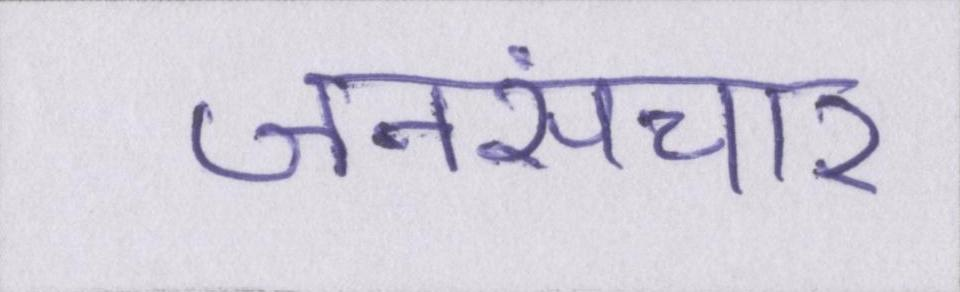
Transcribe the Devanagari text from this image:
जनसंचार